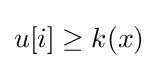
u[i]\geq k(x)